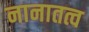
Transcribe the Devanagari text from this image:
नानातत्व